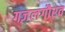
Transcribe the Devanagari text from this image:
गज़लगौरव